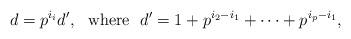
LaTeX: \begin{align*}d = p^{i_i} d', \ \ \mbox{where} \ \ d' = 1 + p^{i_2 - i_1} + \cdots + p^{i_p - i_1}, \end{align*}